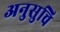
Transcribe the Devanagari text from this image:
अनुसुचि